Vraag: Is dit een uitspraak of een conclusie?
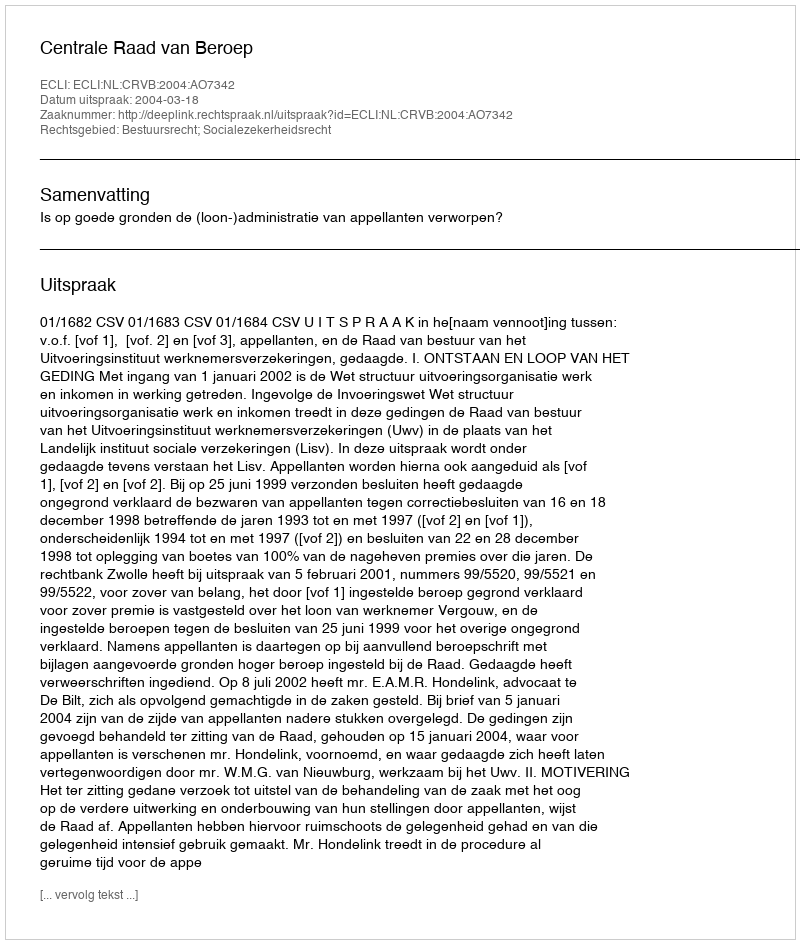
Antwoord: Uitspraak